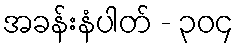
အခန်းနံပါတ် - ၃၀၄